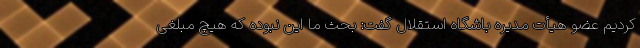
کردیم عضو هیأت مدیره باشگاه استقلال گفت: بحث ما این نبوده که هیچ مبلغی